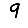
Digit: 9